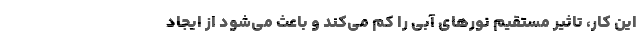
این کار، تاثیر مستقیم نورهای آبی را کم می‌کند و باعث می‌شود از ایجاد